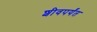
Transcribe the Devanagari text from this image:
शीवपर्यंत